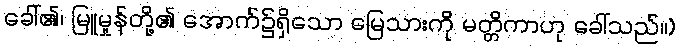
ခေါ်၏၊ မြူမှုန်တို့၏ အောက်၌ရှိသော မြေသားကို မတ္တိကာဟု ခေါ်သည်။)